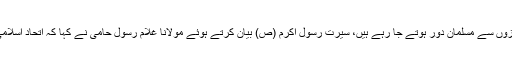
انہوں نے افسوس کا اظہار کرتے ہوئے کہا کہ آج دونوں چیزوں سے مسلمان دور ہوتے جا رہے ہیں، سیرت رسول اکرم (ص) بیان کرتے ہوئے مولانا غلام رسول حامی نے کہا کہ اتحاد اسلامی کا عملی ثبوت پیش کرنا مسلمانوں کا اہم ترین فریضہ ہے۔